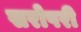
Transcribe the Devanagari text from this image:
सरोपरी